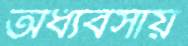
অধ্যবসায়